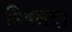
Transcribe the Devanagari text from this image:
डिक्सट्रा